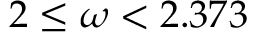
2 \leq \omega < 2 . 3 7 3